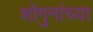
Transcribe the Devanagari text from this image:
शोगुनांच्या